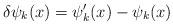
LaTeX: \begin{align*}\delta\psi_k (x) = \psi'_k (x) - \psi_k (x)\,\end{align*}